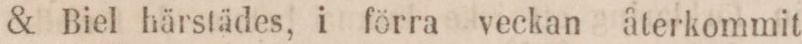
& Biel härstädes, i förra veckan återkommit